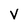
Character: V